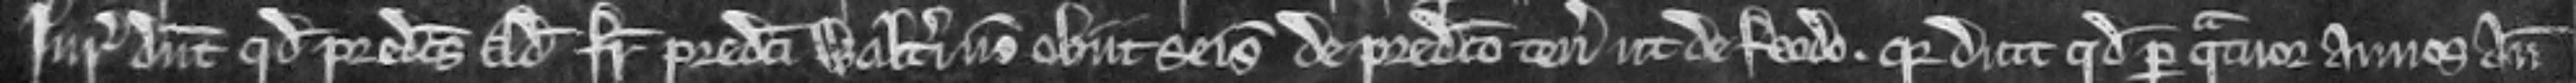
Juratores dicunt quod predictus Adam frater predicti Walteri non obiit seisitus de predicto tenemento ut de feodo. quia dicunt quod per quatuor annos ante